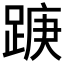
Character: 𮛭